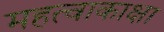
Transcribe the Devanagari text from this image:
महत्वाकाक्षा